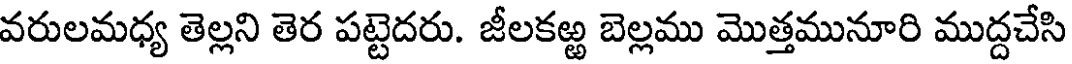
వరులమధ్య తెల్లని తెర పట్టెదరు. జీలకఱ్ఱ బెల్లము మొత్తమునూరి ముద్దచేసి